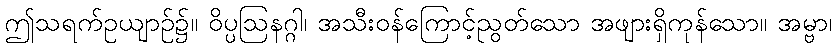
ဤသရက်ဥယျာဉ်၌။ ဝိပ္ပဩနဂ္ဂါ၊ အသီးဝန်ကြောင့်ညွတ်သော အဖျားရှိကုန်သော။ အမ္ဗာ၊